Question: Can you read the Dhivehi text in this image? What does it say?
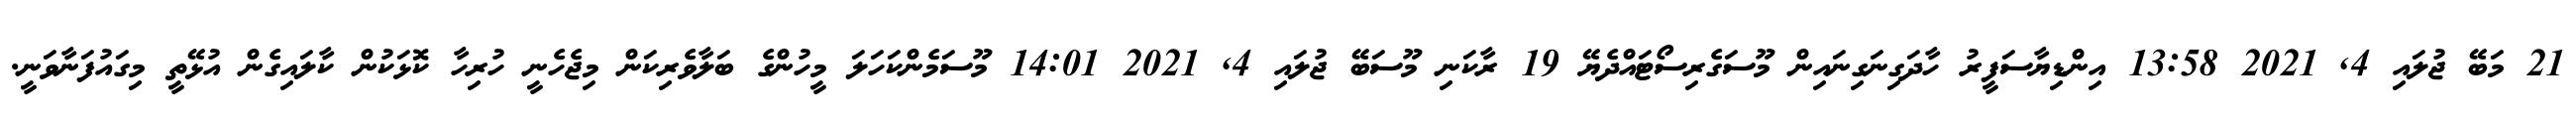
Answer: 21 މަބޭ ޖުލައި 4, 2021 13:58 އިންޑިޔާސަފީރު ހާދަގިނަގިނައިން މޫސަގެރިސޯޓައްދެޔޭ 19 ރާކަނި މޫސަބޭ ޖުލައި 4, 2021 14:01 މޫސަމެންކަހަލަ މީހުންގެ ބަލާވެރިކަން މިޖެހެނީ ހުރިހާ ކޮޅަކުން ކާލައިގެން އުޅޭތީ މިގައުފަނާވަނީ.